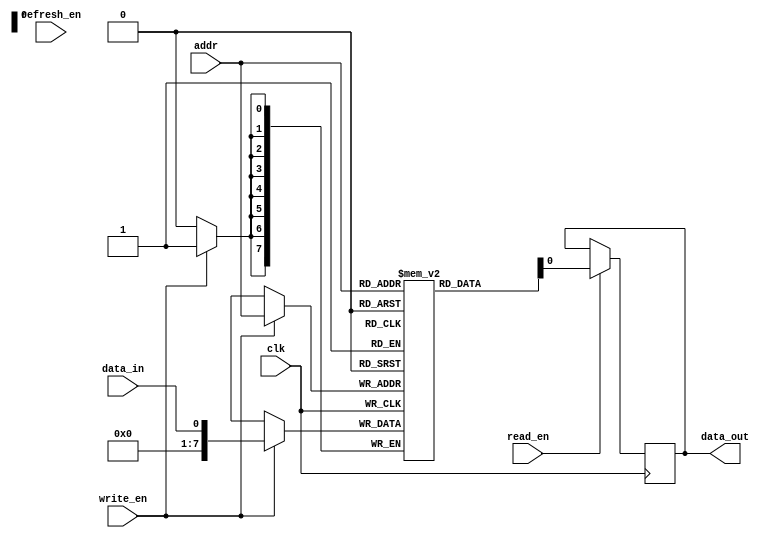
module DRAM (
    input wire clk,
    input wire [7:0] addr,
    input wire data_in,
    output reg data_out,
    input wire read_en,
    input wire write_en,
    input wire refresh_en
);

reg [7:0] memory [0:255]; // 256 rows by 8 columns memory unit

always @(posedge clk) begin
    if (read_en) begin
        data_out <= memory[addr];
    end
    if (write_en) begin
        memory[addr] <= data_in;
    end
    if (refresh_en) begin
        // Refresh memory cells to prevent data loss
        // (Not specified in the design description)
    end
end

endmodule